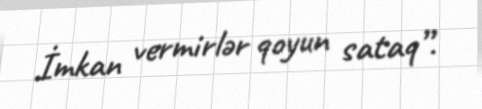
İmkan vermirlər qoyun sataq”.